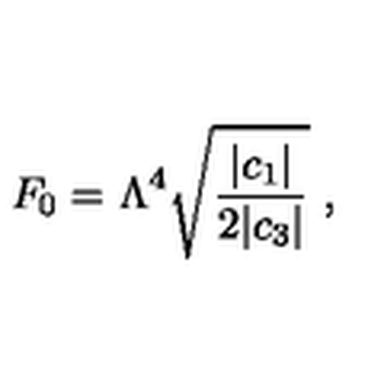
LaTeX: F _ { 0 } = \Lambda ^ { 4 } \sqrt { \frac { | c _ { 1 } | } { 2 | c _ { 3 } | } } \ ,